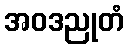
အဝဒညုတံ